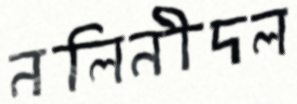
নলিনীদল